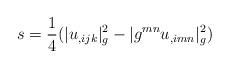
LaTeX: \begin{align*}s=\frac{1}{4}(|u_{,ijk}|_g^2-|g^{mn}u_{,imn}|_g^2)\end{align*}